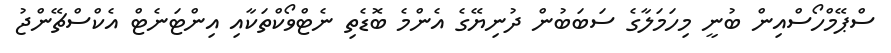
ސްޕޭމްހޯސްއިން ބުނީ މިހަމަލާގެ ސަބަބުން ދުނިޔޭގެ އެންމެ ބޮޑެތި ނެޓްވޯކްތަކާއި އިންޓަނެޓް އެކްސްޗޭންޖު